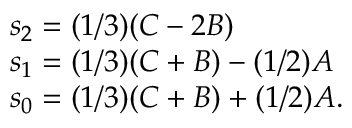
\begin{array} { l } { { s _ { 2 } = ( 1 / 3 ) ( C - 2 B ) } } \\ { { s _ { 1 } = ( 1 / 3 ) ( C + B ) - ( 1 / 2 ) A } } \\ { { s _ { 0 } = ( 1 / 3 ) ( C + B ) + ( 1 / 2 ) A . } } \end{array}